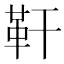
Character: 靬